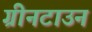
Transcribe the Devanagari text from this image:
ग्रीनटाउन